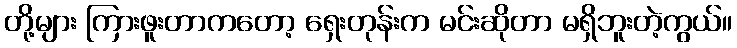
တို့များ ကြားဖူးတာကတော့ ရှေးတုန်းက မင်းဆိုတာ မရှိဘူးတဲ့ကွယ်။